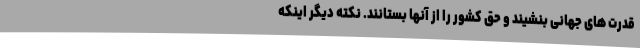
قدرت های جهانی بنشیند و حق کشور را از آنها بستانند. نکته دیگر اینکه